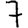
Digit: 7